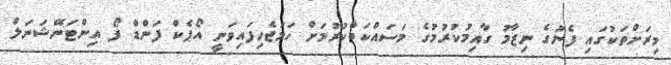
މިރަށްތަކުގައި ފެނުގެ ނިޒާމު ގާއިމުކުރުމުގެ މަސައްކަތްކުރުމަށް ހަމަޖެހިފައިވަނީ އޯޕެކް ފަންޑް ފޯ އިންޓަނޭޝަނަލް